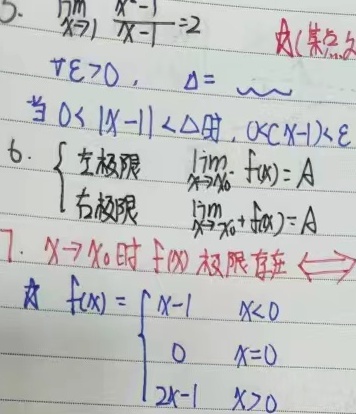
5. 注意，\(\lim\limits_{x \to 1} \frac{x - 1}{x - 1}=1\)（原等式\(\lim\limits_{x \to 1} \frac{x - 1}{x - 1}=2\)错误）。对于极限（某点处），\(\forall \varepsilon>0\)，\(\Delta =\sim\)（这里\(\Delta =\sim\)表述不明，推测是想表达存在\(\Delta\)，假设修改为\(\exists\Delta\)），当\(0<|x - 1|<\Delta\)时，\(0<|x - 1|<\varepsilon\)。

6.
\[
\begin{cases}
\text{左极限} & \lim\limits_{x \to x_0^{-}} f(x)=A \\
\text{右极限} & \lim\limits_{x \to x_0^{+}} f(x)=A
\end{cases}
\]

7. \(x \to x_0\)时\(f(x)\)极限存在\(\Leftrightarrow\)（这里推测想表达与左右极限的关系，假设完善为：\(\lim\limits_{x \to x_0^{-}} f(x)=\lim\limits_{x \to x_0^{+}} f(x)\)）。例如\(f(x)=\begin{cases}x - 1 & x<0 \\0 & x = 0 \\2x - 1 & x>0\end{cases}\) 。